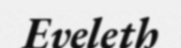
Eveleth